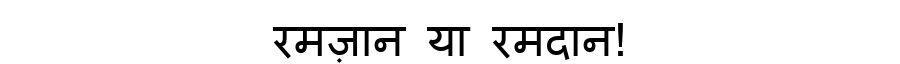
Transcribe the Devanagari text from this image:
रमज़ान या रमदान!